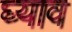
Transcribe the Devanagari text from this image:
घ्याव